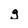
Character: g